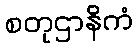
စတုဌာနိကံ